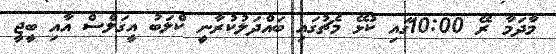
މާދަމާ ރޭ 10:00ގައި ކުޅޭ މެޗުގައި ބައްދަލުކުރާނީ ކްލަބު އީގަލްސް އާއި ބީޖީ